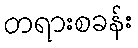
တရားစခန်း